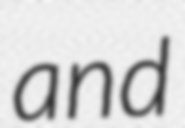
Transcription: and